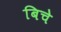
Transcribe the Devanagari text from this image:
बिचे